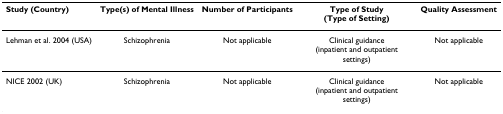
| Study (Country) | Type(s) of Mental Illness | Number of Participants | Type of Study(Type of Setting) | Quality Assessment |
 | --- | --- | --- | --- | --- |
 | Lehman et al. 2004 (USA) | Schizophrenia | Not applicable | Clinical guidance (inpatient and outpatient settings) | Not applicable |
 | NICE 2002 (UK) | Schizophrenia | Not applicable | Clinical guidance (inpatient and outpatient settings) | Not applicable |